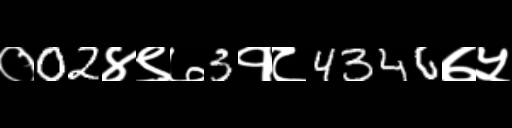
Text: ०02४९७3१८4346७५